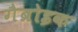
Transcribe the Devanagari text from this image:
गैब्रोइक